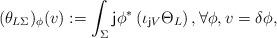
LaTeX: \begin{align*}(\theta_{L\Sigma})_\phi(v):=\int_{\Sigma}{\sf j}\phi^*\left(\iota_{{\sf j}V}\Theta_L\right),\forall\phi, v=\delta{\phi},\end{align*}